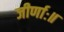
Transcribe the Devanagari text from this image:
जीर्णाः॥